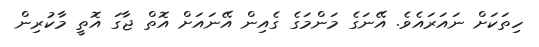
ހިތަކަށް ނައަރައެވެ. އޭނަގެ މަންމަގެ ގެއިން އޭނައަށް އޮތް ޖާގަ އޮތީ މާކުރިން